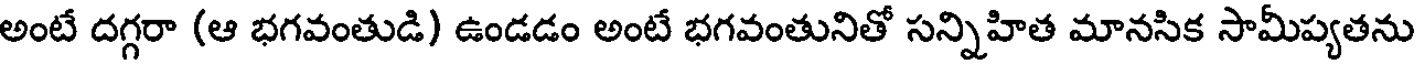
అంటే దగ్గరా (ఆ భగవంతుడి) ఉండడం అంటే భగవంతునితో సన్నిహిత మానసిక సామీప్యతను